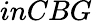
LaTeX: inCBG